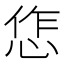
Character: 㤰